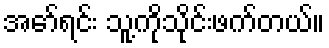
အော်ရင်း သူ့ကိုသိုင်းဖက်တယ်။